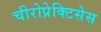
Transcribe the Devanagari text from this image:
चीरोप्रेक्टिसेस